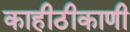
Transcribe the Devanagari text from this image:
काहीठीकाणी